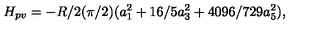
H _ { p v } = - R / 2 ( \pi / 2 ) ( a _ { 1 } ^ { 2 } + 1 6 / 5 a _ { 3 } ^ { 2 } + 4 0 9 6 / 7 2 9 a _ { 5 } ^ { 2 } ) ,